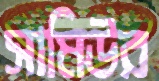
সামিউর